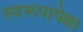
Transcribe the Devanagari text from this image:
स्वरूपापेक्षा